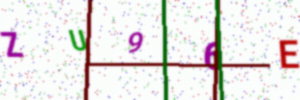
Text: ZU96E